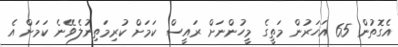
އެގޮތުން 65 އަހަރުން މަތީގެ މީހުންނަށް ރައީސް ކަމަށް ކުރިމަތިނުލެވޭނެ ކަމަށް އެ